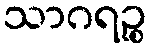
သာဂရဉ္စ